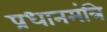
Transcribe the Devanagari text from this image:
प्रधानमंत्रि